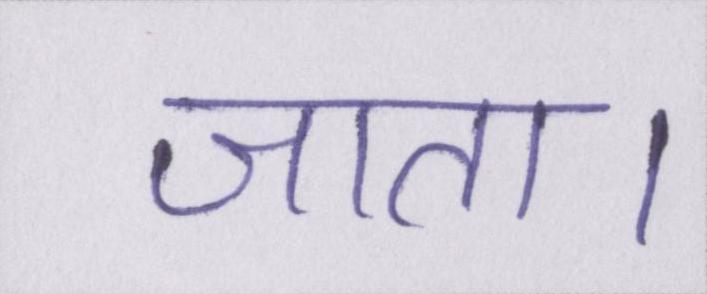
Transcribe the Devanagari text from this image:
जाता।